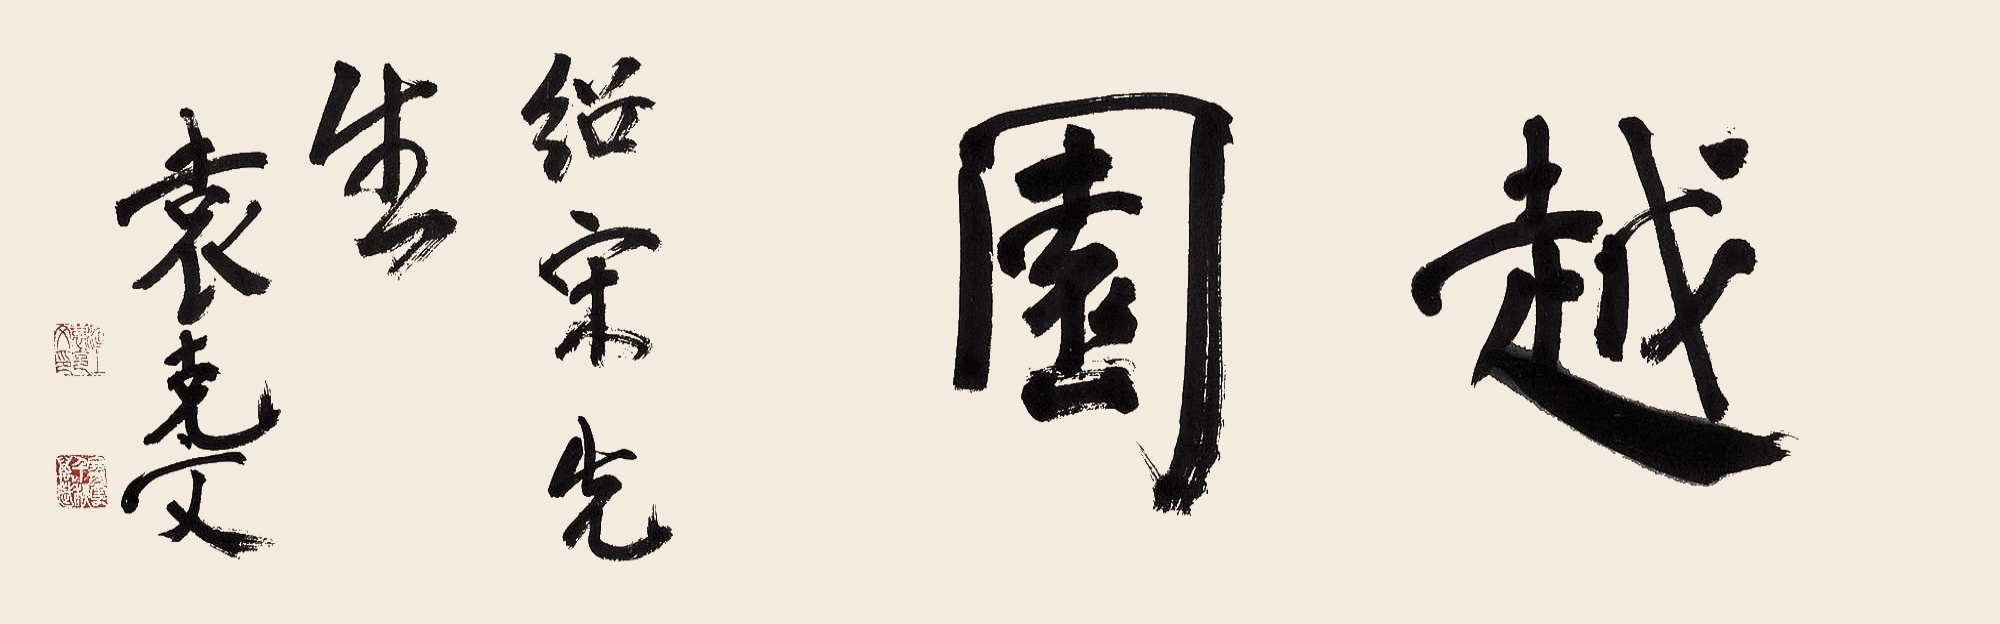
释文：越园绍宋先生，袁克文。